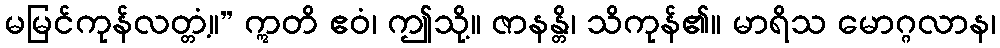
မမြင်ကုန်လတ္တံ့။” ဣတိ ဧဝံ၊ ဤသို့။ ဇာနန္တိ၊ သိကုန်၏။ မာရိသ မောဂ္ဂလာန၊